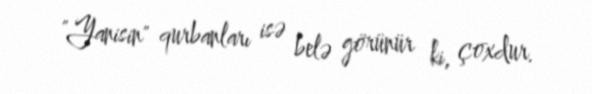
"Yanisin" qurbanları isə belə görünür ki, çoxdur.